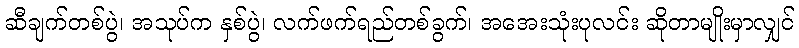
ဆီချက်တစ်ပွဲ၊ အသုပ်က နှစ်ပွဲ၊ လက်ဖက်ရည်တစ်ခွက်၊ အအေးသုံးပုလင်း ဆိုတာမျိုးမှာလျှင်